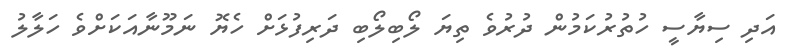
އަދި ސިޔާސީ ހުތުރުކަމުން ދުރުވެ ތިޔަ ލޯބިލޯބި ދަރިފުޅަށް ހެޔޮ ނަމޫނާއަކަށްވެ ހަލާލު